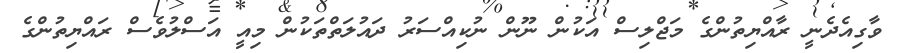
ވާގިއެދެނީ ރާއްޔިތުންގެ މަޖްލިސް އަކުން ނޫން ނުކިއްސަރު ދައުލަތްތަކުން މިއީ އަސްލުވެސް ރައްޔިތުންގެ